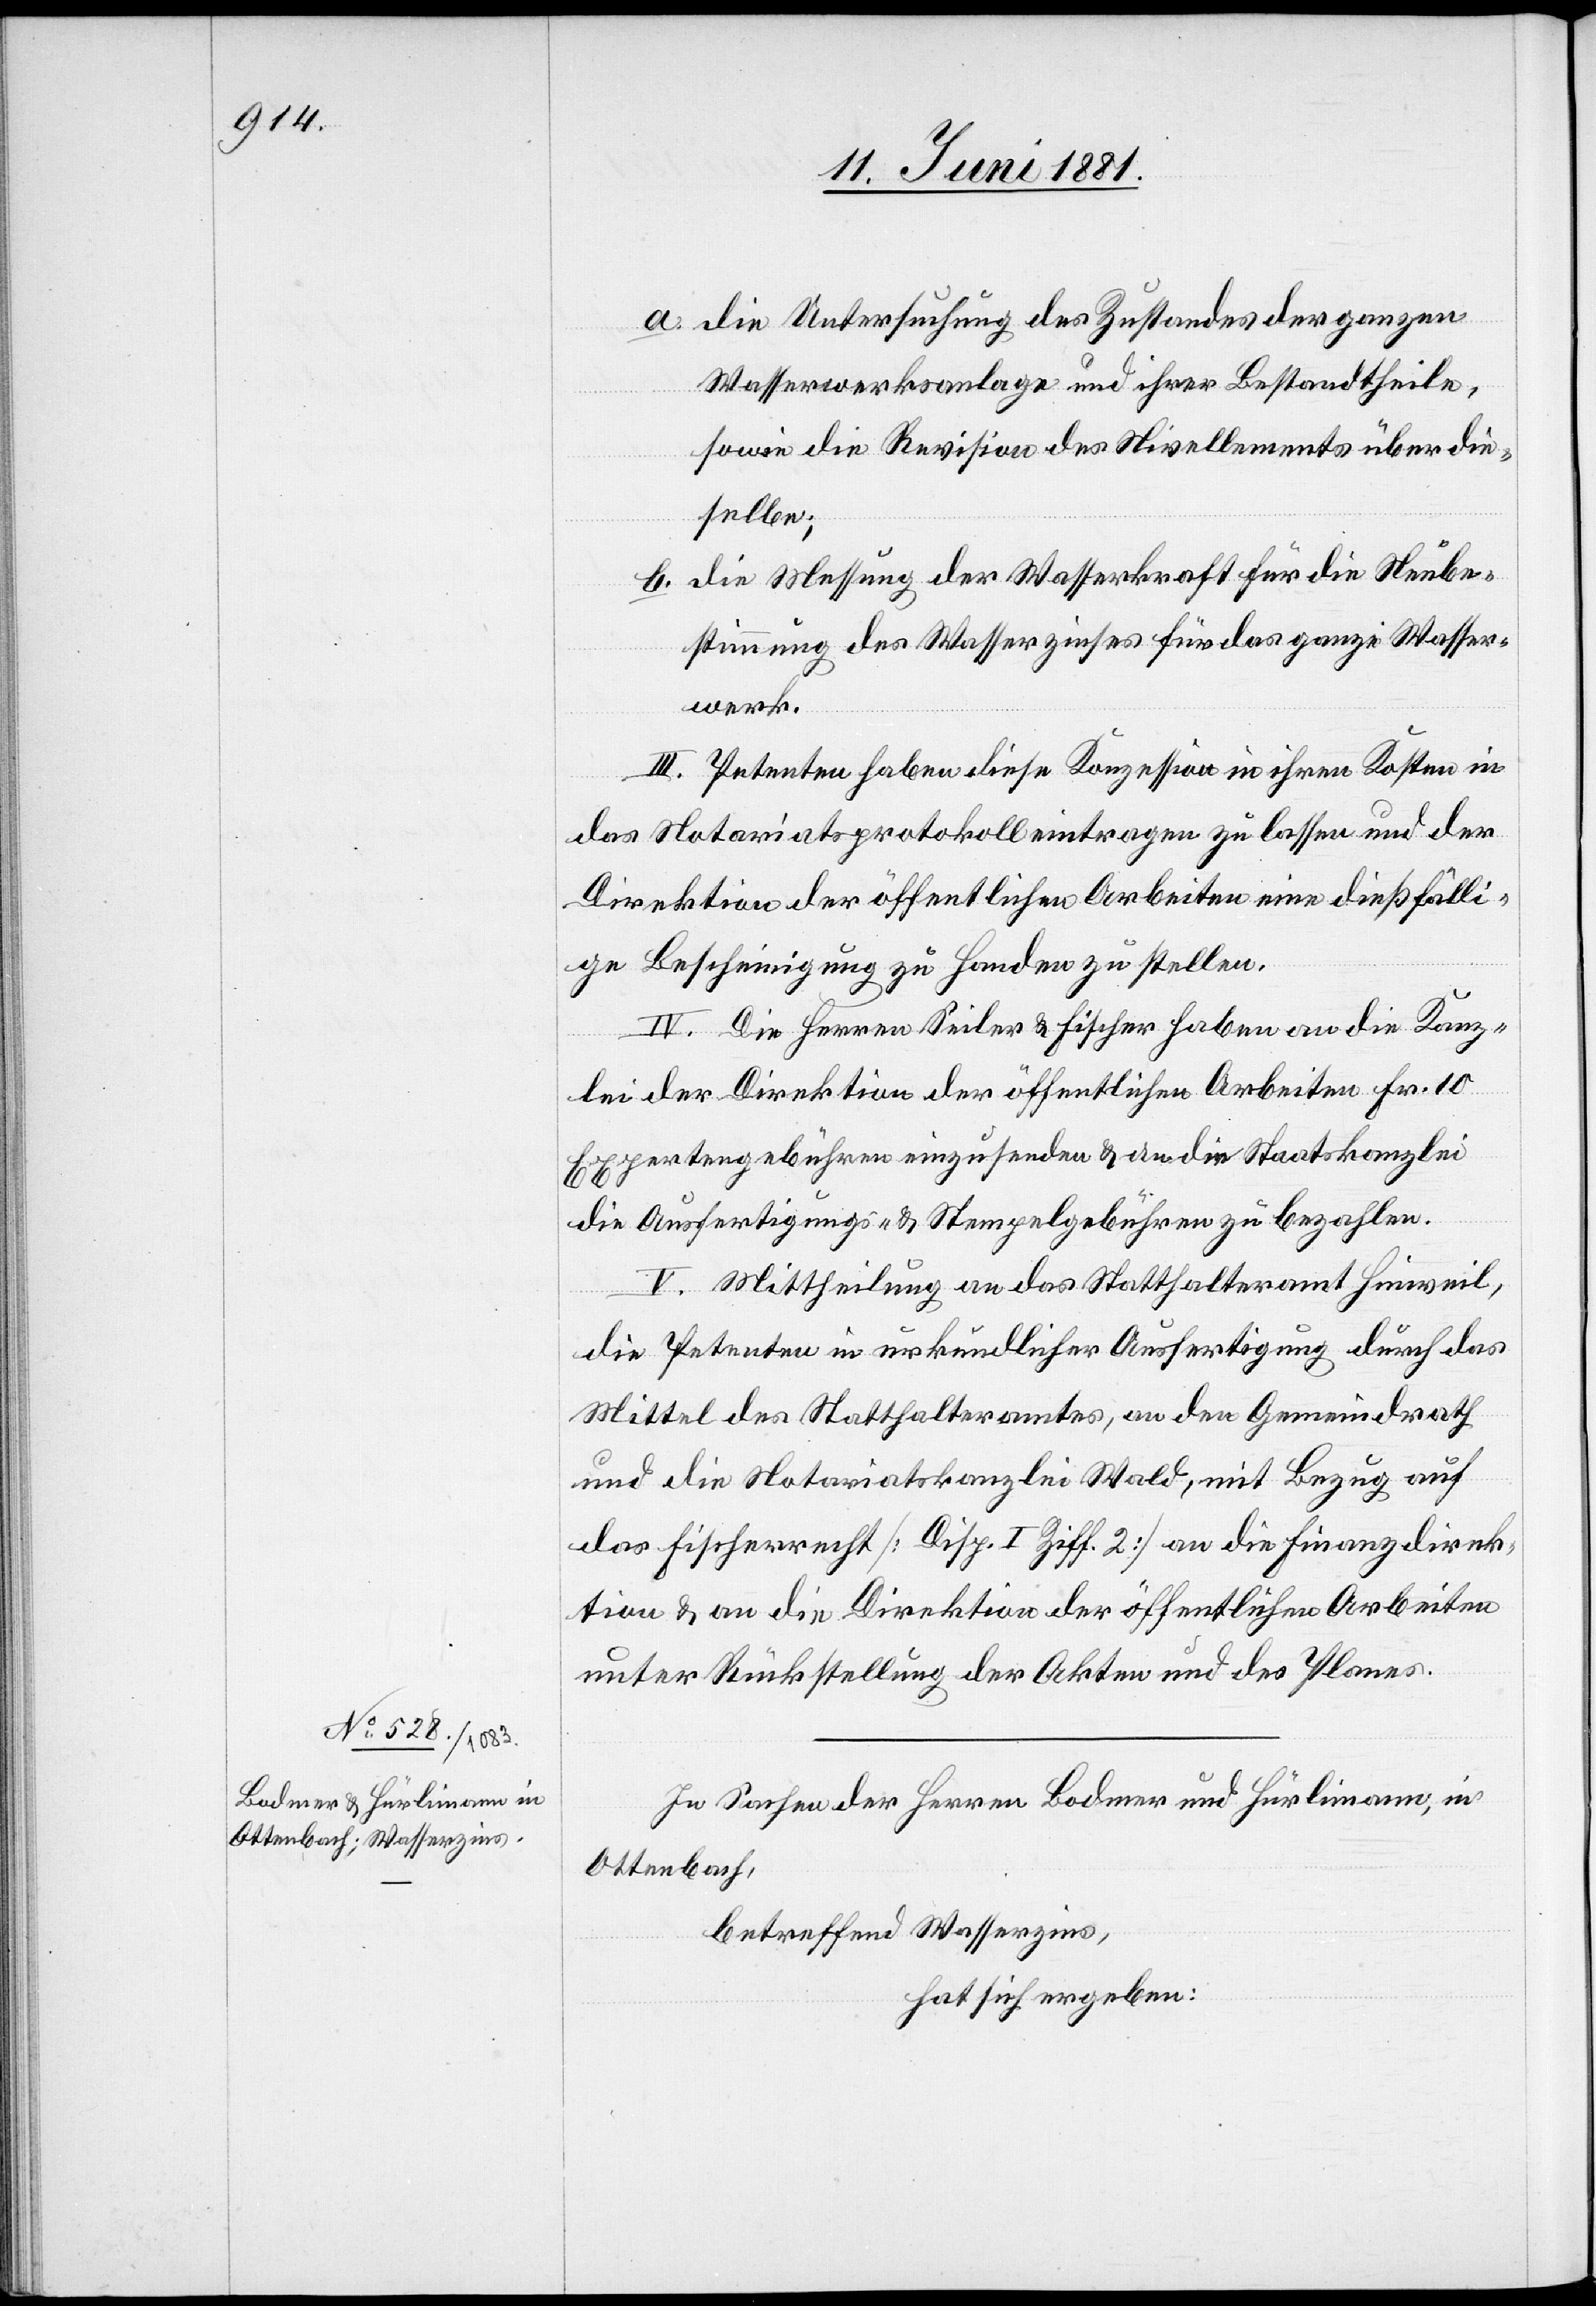
In Sachen der Herren Bodmer und Hürlimann, in
Ottenbach,
betreffend Wasserzins,
hat sich ergeben: